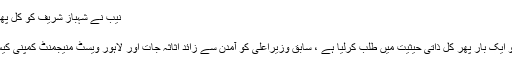
نیب نے شہباز شریف کو کل پھر طلب کر لیا | آپ نیوز
11/07/2019029
نیب نے شہباز شریف کو ایک بار پھر کل ذاتی حیثیت میں طلب کرلیا ہے ، سابق وزیراعلی کو آمدن سے زائد اثاثہ جات اور لاہور ویسٹ منیجمنٹ کمپنی کیس میں طلب کیا گیا ہے۔